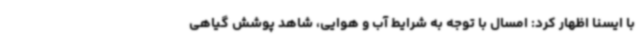
با ایسنا اظهار کرد: امسال با توجه به شرایط آب و هوایی، شاهد پوشش گیاهی